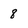
Character: 8